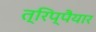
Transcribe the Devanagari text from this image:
त्रिप्पैयार